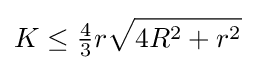
K\leq {\tfrac {4}{3}}r{\sqrt {4R^{2}+r^{2}}}